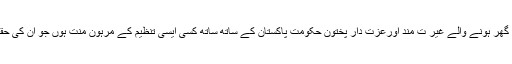
ظاہر ہے کہ امریکہ نہیں چاہتا کہ شمالی وزیرستان سے بے گھر ہونے والے غیر ت مند اورعزت دار پختون حکومت پاکستان کے ساتھ ساتھ کسی ایسی تنظیم کے مرہون منت ہوں جو ان کی حقیقی ہمدرد و خیرخواہ اور جذبہ اسلامی اخوت سے سرشار ہو۔